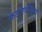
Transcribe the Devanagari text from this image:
फडणवीसाचे